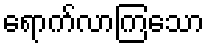
ရောက်လာကြသော